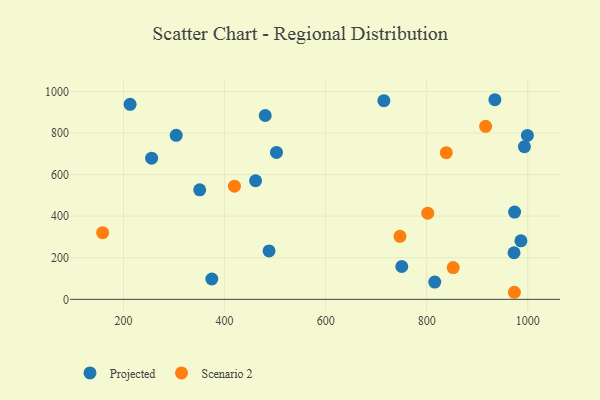
{"axis": {"x": "Experience", "y": "Demand"}, "legend": ["Projected", "Scenario 2"], "data": [{"x": "480.4", "y": 884.2, "type": "Projected"}, {"x": "255.6", "y": 678.9, "type": "Projected"}, {"x": "502.7", "y": 706.5, "type": "Projected"}, {"x": "304.2", "y": 789.0, "type": "Projected"}, {"x": "999.3", "y": 788.6, "type": "Projected"}, {"x": "974.0", "y": 419.9, "type": "Projected"}, {"x": "993.5", "y": 734.5, "type": "Projected"}, {"x": "374.7", "y": 97.8, "type": "Projected"}, {"x": "972.9", "y": 224.1, "type": "Projected"}, {"x": "350.8", "y": 526.9, "type": "Projected"}, {"x": "816.0", "y": 83.0, "type": "Projected"}, {"x": "461.3", "y": 570.5, "type": "Projected"}, {"x": "986.5", "y": 281.3, "type": "Projected"}, {"x": "488.0", "y": 232.7, "type": "Projected"}, {"x": "715.3", "y": 955.3, "type": "Projected"}, {"x": "935.0", "y": 960.1, "type": "Projected"}, {"x": "213.0", "y": 937.9, "type": "Projected"}, {"x": "750.7", "y": 157.9, "type": "Projected"}, {"x": "916.7", "y": 832.3, "type": "Scenario 2"}, {"x": "973.6", "y": 34.0, "type": "Scenario 2"}, {"x": "838.8", "y": 705.4, "type": "Scenario 2"}, {"x": "419.5", "y": 544.3, "type": "Scenario 2"}, {"x": "852.5", "y": 152.8, "type": "Scenario 2"}, {"x": "802.1", "y": 414.5, "type": "Scenario 2"}, {"x": "158.6", "y": 320.7, "type": "Scenario 2"}, {"x": "747.1", "y": 303.0, "type": "Scenario 2"}]}